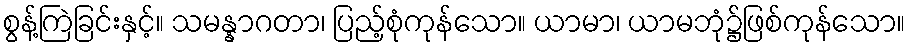
စွန့်ကြဲခြင်းနှင့်။ သမန္နာဂတာ၊ ပြည့်စုံကုန်သော။ ယာမာ၊ ယာမဘုံ၌ဖြစ်ကုန်သော။